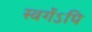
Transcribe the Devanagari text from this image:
स्वर्गेऽपि